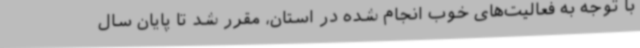
با توجه به فعالیت‌های خوب انجام شده در استان، مقرر شد تا پایان سال